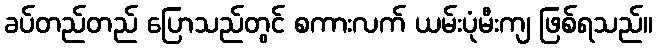
ခပ်တည်တည် ပြောသည်တွင် စကားလက် ယမ်းပုံမီးကျ ဖြစ်ရသည်။